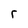
Character: r